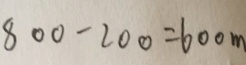
8 0 0 - 2 0 0 = 6 0 0 m